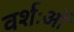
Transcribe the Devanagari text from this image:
वर्शःओं